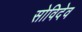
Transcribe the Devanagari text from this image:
सोविदेव